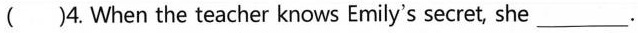
()4. When the teacher knows Emily's secret, she___.